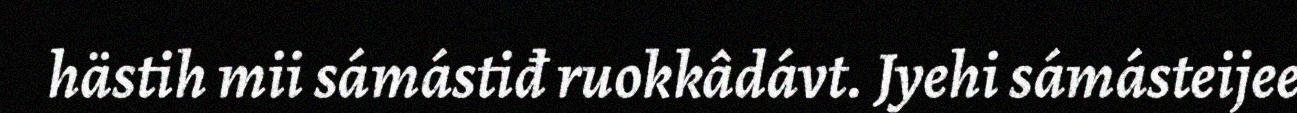
hästih mii sámástiđ ruokkâdávt. Jyehi sámásteijee